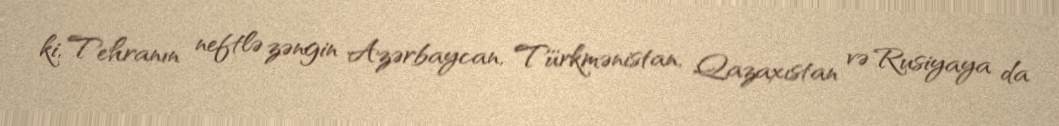
ki, Tehranın neftlə zəngin Azərbaycan, Türkmənistan, Qazaxıstan və Rusiyaya da